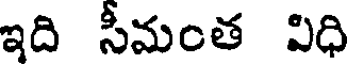
ఇది సీమంత విధి